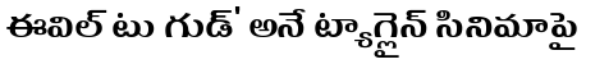
ఈవిల్ టు గుడ్' అనే ట్యాగ్లైన్ సినిమాపై